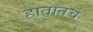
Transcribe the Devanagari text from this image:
हातातच